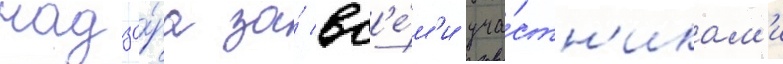
надзо́ра за́ вс'е́м'и уча́стн'икам'и